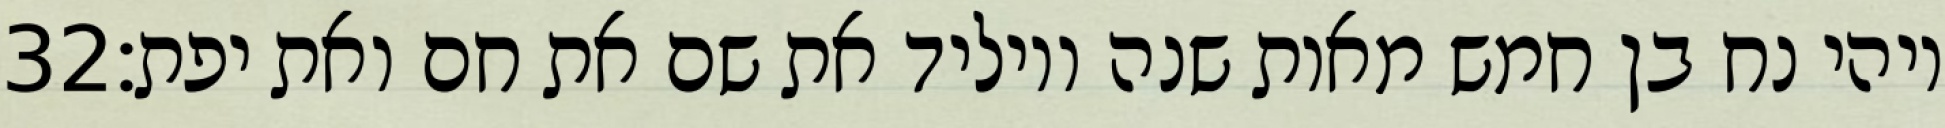
‎32‏ ויהי נח בן חמש מאות שנה ויוליד את שם את חם ואת יפת׃